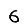
Digit: 6